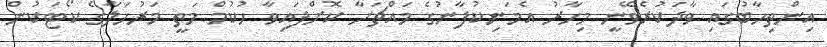
އިންތިހާބުގައި ވާދަކުރެވޭނީ މިހާރު އެމަނިކުފާނުގެ މައްޗަށާ ކޮށްފައިވާ ހުކުމް މަތީ މަރުހަލާގެ ކޯޓަކުން